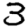
Digit: 3